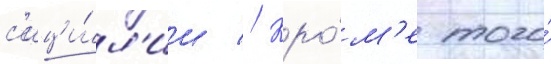
с'ици́л'ии // Кро́м'е того́